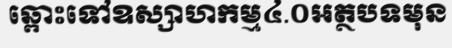
ឆ្ពោះទៅឧស្សាហកម្ម៤.០អត្ថបទមុន